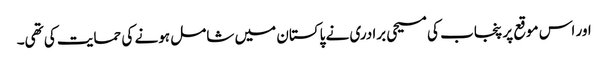
اور اس موقع پر پنجاب کی مسیحی برادری نے پاکستان میں شامل ہونے کی حمایت کی تھی۔